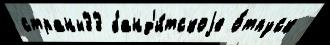
страны33 банд'и́тскоjе о́тпуск